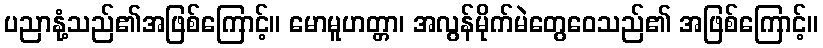
ပညာနုံ့သည်၏အဖြစ်ကြောင့်။ မောမူဟတ္တာ၊ အလွန်မိုက်မဲတွေဝေသည်၏ အဖြစ်ကြောင့်။